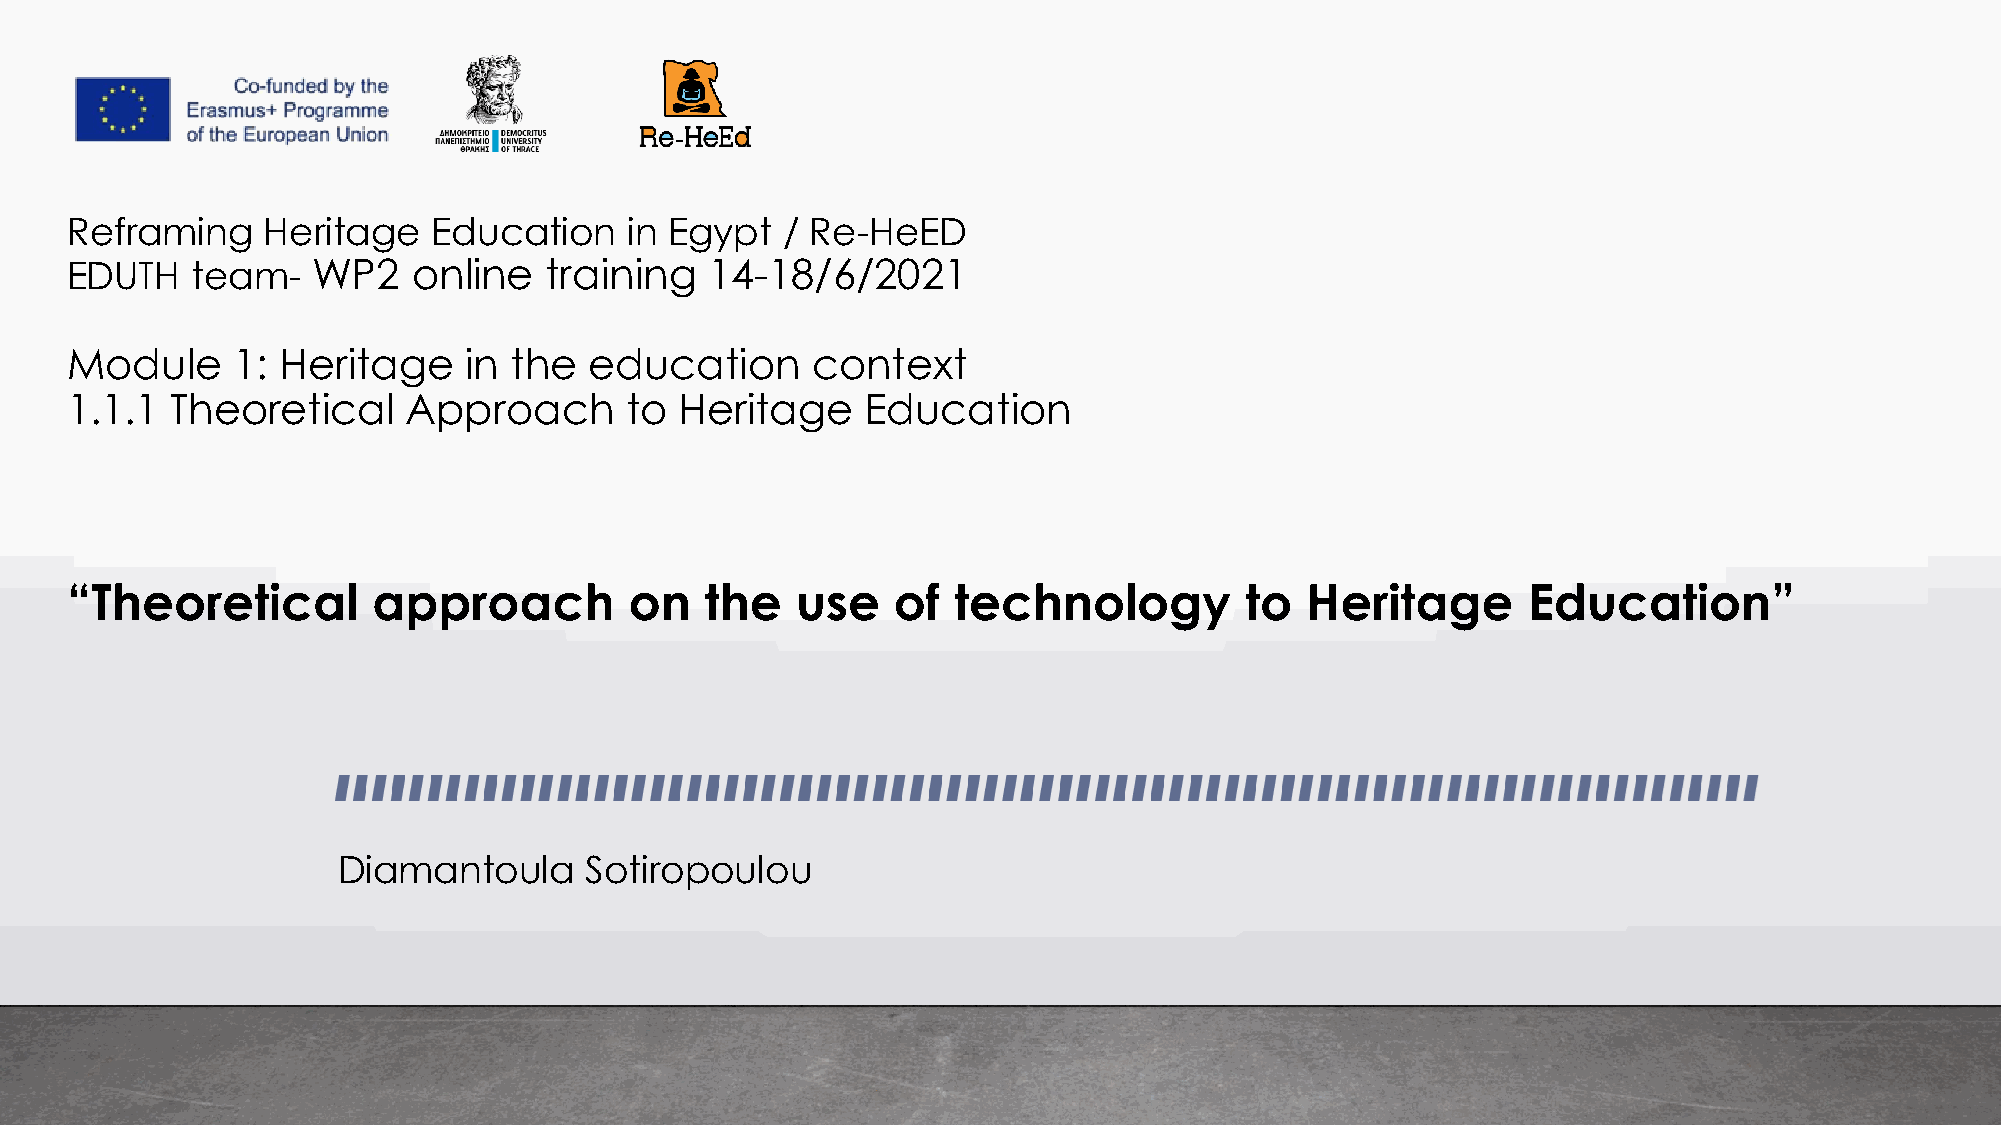
Reframing    Heritage    Education    in Egypt  / Re-HeED
 EDUTH    team-   WP2   online   training   14-18/6/2021
 Module     1:  Heritage    in the  education      context
 1.1.1  Theoretical     Approach      to  Heritage    Education
 “Theoretical         approach         on   the   use   of  technology         to  Heritage       Education”
 Diamantoula      Sotiropoulou